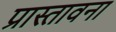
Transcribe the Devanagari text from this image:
प्रास्तावना